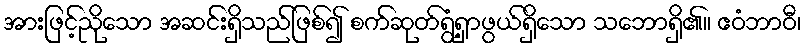
အားဖြင့်ညိုသော အဆင်းရှိသည်ဖြစ်၍ စက်ဆုတ်ရွံ့ရှာဖွယ်ရှိသော သဘောရှိ၏။ ဧဝံဘာဝီ၊